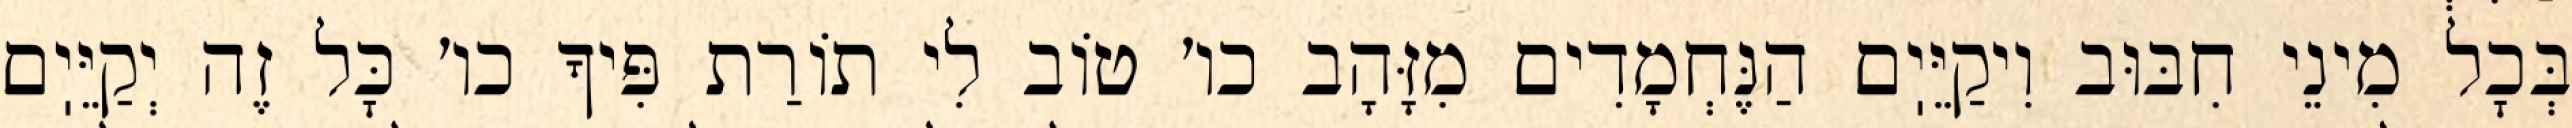
בְּכׇל מִינֵי חִבּוּב וִיקַיֵּיֽם הַנֶּחְמָדִים מִזָּהָב כו׳ טוֹב לִי תוֹרַת פִּיךָ כו׳ כׇּל זֶה יְקַיֵּיֽם